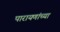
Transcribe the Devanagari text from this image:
पारायणांच्या